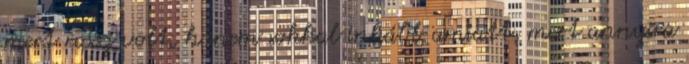
mert rossz volt, hanem sokkal inkább amiatt, mert annyira